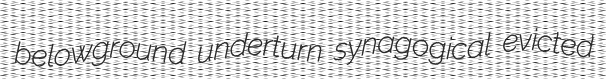
belowground underturn synagogical evicted